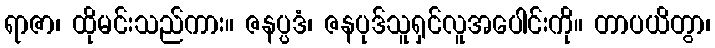
ရာဇာ၊ ထိုမင်းသည်ကား။ ဇနပ္ပဒံ၊ ဇနပုဒ်သူရှင်လူအပေါင်းကို။ တာပယိတွာ၊